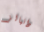
دانيالز